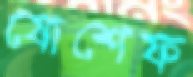
যোশেফ